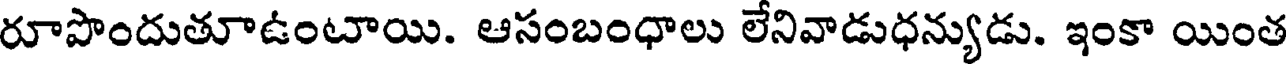
రూపొందుతూఉంటాయి. ఆసంబంధాలు లేనివాడుధన్యుడు. ఇంకా యింత